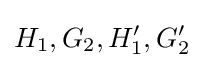
H_{1},G_{2},H'_{1},G'_{2}